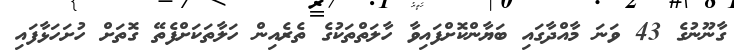
ގާނޫނުގެ 43 ވަނަ މާއްދާގައި ބަޔާންކޮށްފައިވާ ހާލަތްތަކުގެ ތެރެއިން ހަލާތަކަށްފެތޭ ގޮތަށް ހުށަހަޅާފައި